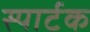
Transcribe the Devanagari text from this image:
स्पार्टक